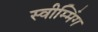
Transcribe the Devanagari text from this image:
स्वीम्मिंग